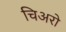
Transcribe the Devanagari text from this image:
चिअरो